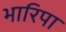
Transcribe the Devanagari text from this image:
भारिपा